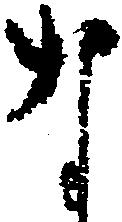
な